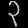
Digit: ၃